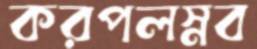
করপলস্নব